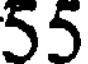
55